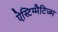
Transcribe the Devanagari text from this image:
ऐस्टिग्मैटिज्म